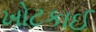
ખોટકાઈ